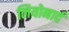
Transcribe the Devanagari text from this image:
लियोनार्द